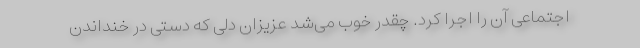
اجتماعی آن را اجرا کرد. چقدر خوب می‌شد عزیزان دلی که دستی در خنداندن